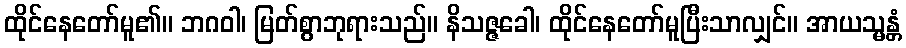
ထိုင်နေတော်မူ၏။ ဘဂဝါ၊ မြတ်စွာဘုရားသည်။ နိသဇ္ဇခေါ၊ ထိုင်နေတော်မူပြီးသာလျှင်။ အာယသ္မန္တံ